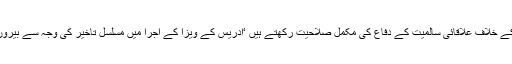
2015ء) پاکستان نے کہاہے کہ کسی بھی غیر ملکی جارحیت کے خلاف علاقائی سالمیت کے دفاع کی مکمل صلاحیت رکھتے ہیں ‘ادریس کے ویزا کے اجرا میں مسلسل تاخیر کی وجہ سے بیرون ملک کسی اور پاکستانی مشن کیلئے ذمہ داریاں دی جارہی ہیں۔